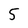
Character: 5